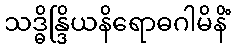
သဒ္ဓိန္ဒြိယနိရောဓဂါမိနိံ